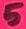
Text: 5